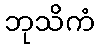
ဘုသိကံ